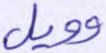
وويل